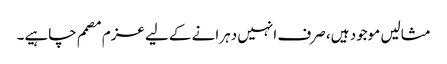
مثالیں موجود ہیں، صرف انہیں دہرانے کےلیے عزم مصمم چاہیے۔